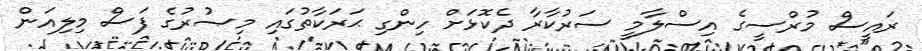
ރައީސް މުރްސީގެ އިސްލާމީ ސަރުކާރާ ދެކޮޅަށް ހިންގި ޙަރަކާތުގައި މިޞުރުގެ ފަސް މިލިއަން